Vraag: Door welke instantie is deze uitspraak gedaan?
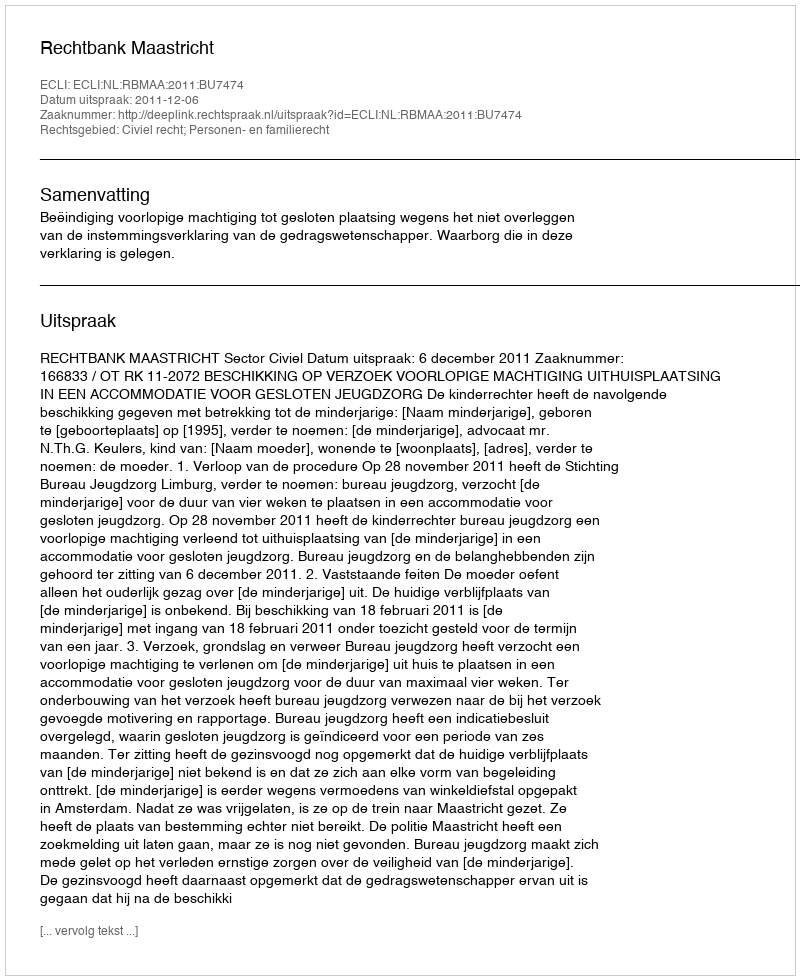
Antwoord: Rechtbank Maastricht